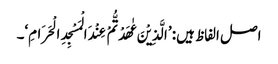
اصل الفاظ ہیں: ’الَّذِیْنَ عٰھَدْتُّمْ عِنْدَ الْمَسْجِدِ الْحَرَامِ‘۔